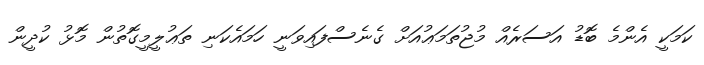
ކަމަކީ އެންމެ ބޮޑު އަސަރެއް މުޖުތަމަޢުއަށް ގެނެސްފައިވަނީ ހަމައެކަނި ތަޢުލީމީގޮތުން މޮޅު ކުދީން